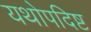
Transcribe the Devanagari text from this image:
यथोपदिष्ट